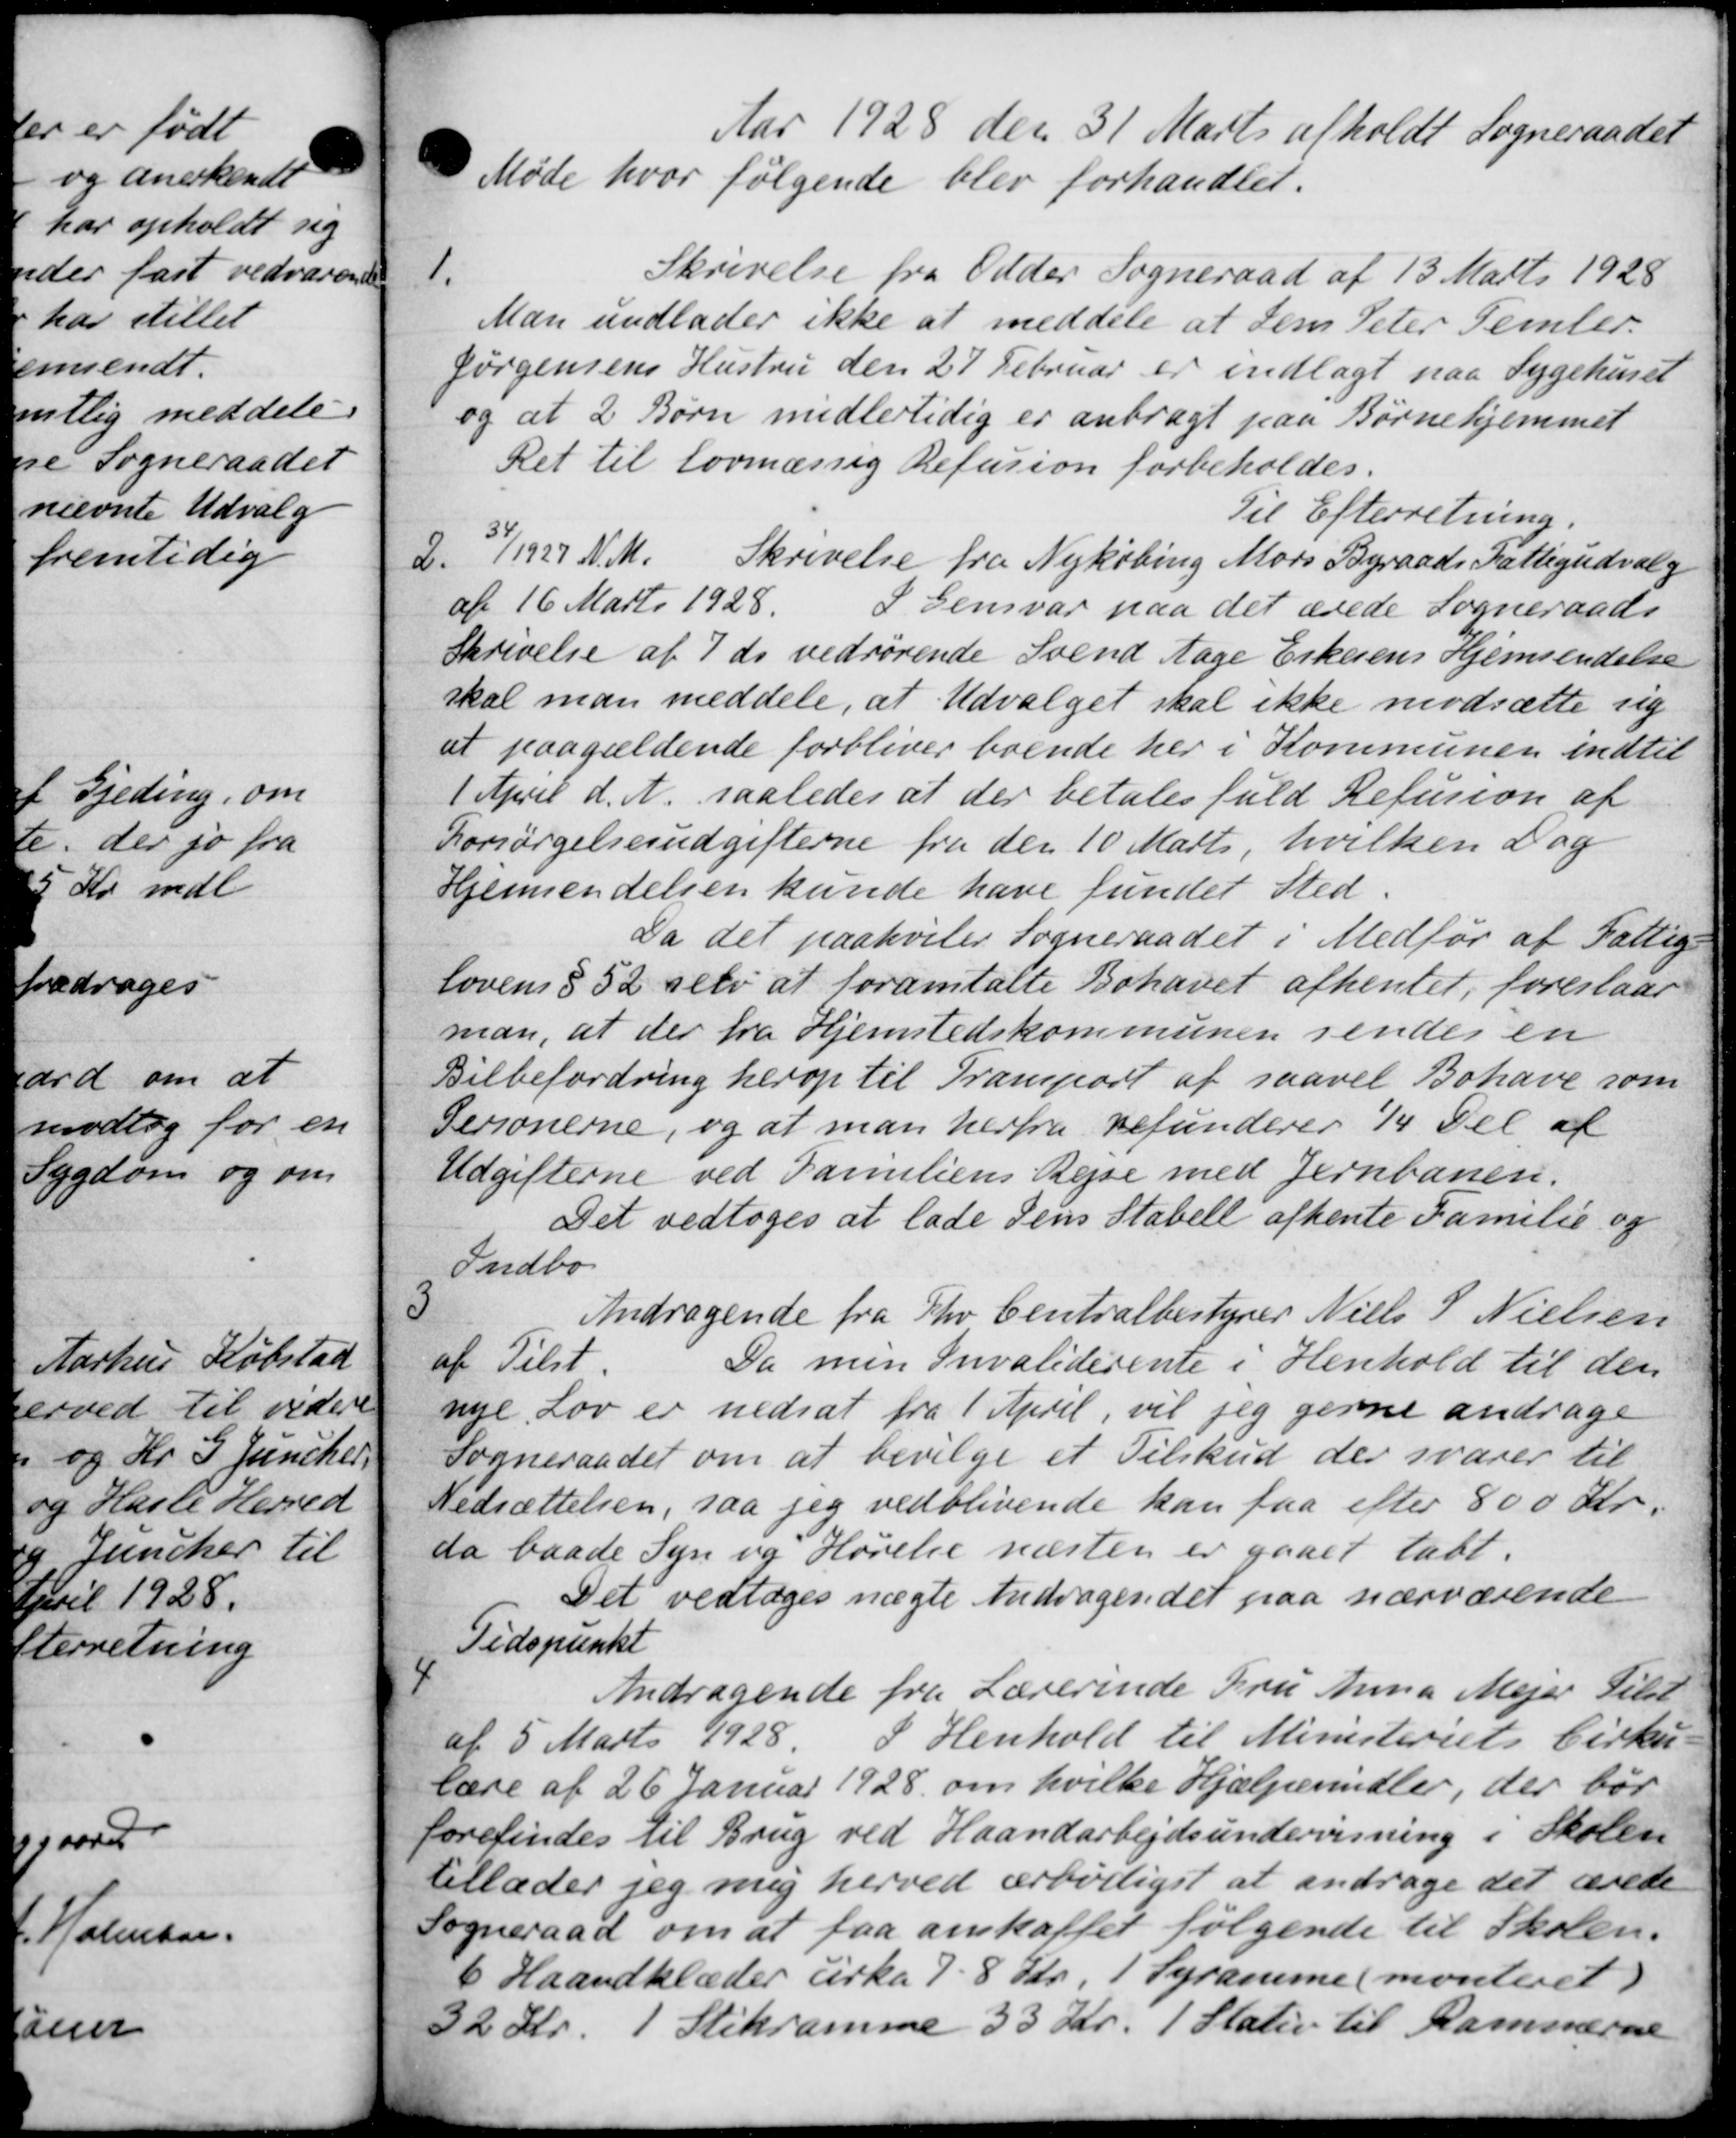
Transskription:
Aar 1928 den 31 Marts afholdt Sogneraadet
Møde hvor følgende blev forhandles.
1.
Skrivelse fra Odder Sogneraad af 13 Marts 1928
Man undlader ikke at meddele at Jens Peter Temler.
Jørgensens Hustru den 27 Februar er indlagt paa Sygehuset
og at 2 Børn midlertidig er anbragt paa Børnehjemmet
Ret til lovmæssig Refusion forbeholdes.
Til Efterretning.
2
34
11927 N. M. Skrivelse fra Nykøbing Mors Byraads Fattigudvalg
af 16 Marts 1928.
S Gensvar paa det ærede Sogneraads
Skrivelse af 7 ds vedrørende Svend Aage Erkerens Hjemsendelse
skal man meddele, at Udvalget skal ikke modsætte sig
at paagældende forbliver boende her i Kommunen indtil
1 April d. A. saaledes at der betales fuld Refusion af
Forsørgelsesudgifterne fra den 10 Marts, hvilken Dag
Gemendelsen kunde have fundet Sted.
Da det paahviler Sogneraadet i Medfør af Fattig-
lovens § 52 selv at foranstalte Bohavet afhentet, foreslaar
man, at der fra Hjemstedskommunen sendes en
Bilbefordring herop til Tramport af saavel Bohave som
Personerne, og at man herfra refunderer 14 Del af
Udgifterne ved Familiens Rejse med Jernbanen.
Det vedtoges at lade dens Stabell afhente Familie og
Indbo
3
Andragende fra Tho Centralbestyrer Niels S Nielsen
af Tilst
Da men Invaliderente i Henhold til den
nye Lov er nedsat fra 1 April, vil jeg gerne andrage
Sogneraadet om at bevilge et Tilskud der svarer til
Nedsættelsen, saa jeg vedblivende kan faa efter 800 Kr.
da baade Syn og Høvelse næsten er gaaet tabt.
Det vedtoges nægte Andragendet paa nærværende
Tidspunkt
4
Andragende fra Lærerinde Fru Anna Mejer Silst
af 5 Marts 1928.
I Henhold til Ministeriets Cirku-
lære af 26 Januar 1928 om hvilke Hjælpemidler, der bør
forefindes til Brug ved Haandarbejdsundervisning i Skolen
tillader jeg mig herved ærbviliget at andrage det ærede
Sogneraad om at faa anskaffet følgende til Skolen.
6 Haandklæder cirka 18 Kr. 1 Syramme (monteret)
32 Kr. 1 Stekramme 33 Kr. 1 Stater til kammerne